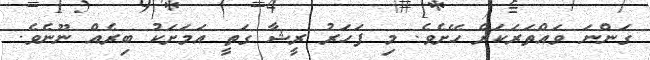
ގަންނަ ވައްތަރަކަށް ހޭށެވެ. މި ފަހަރު ރީޝާ ގަތީ އަމަށަކު ބިރެއް ނޫނެވެ.